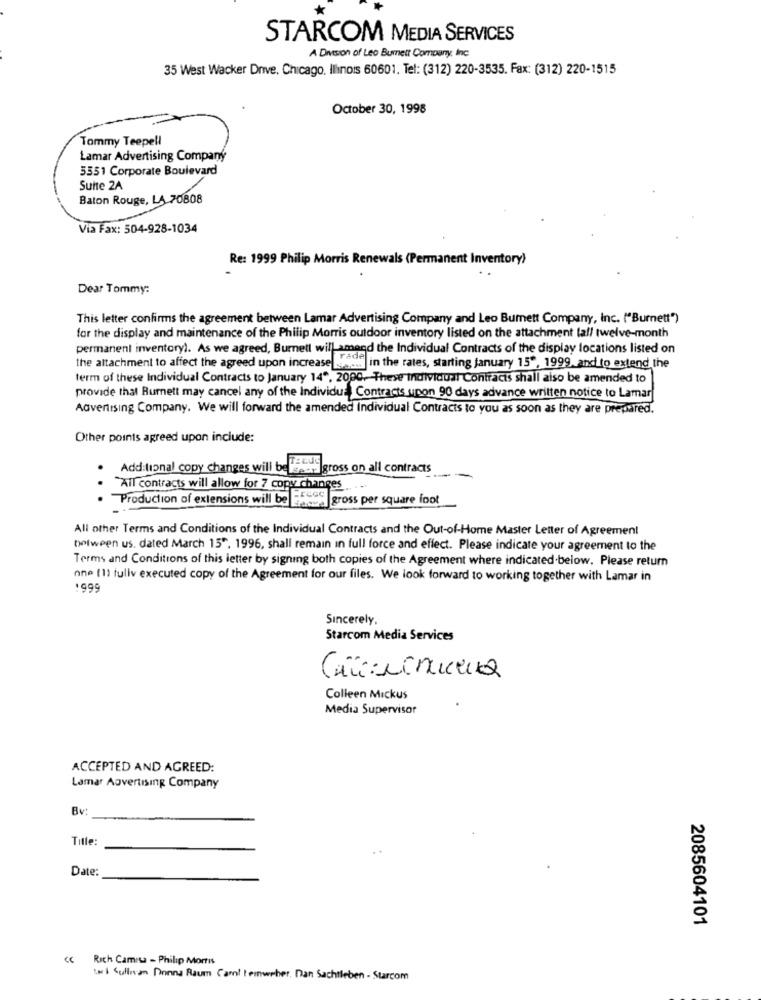
STARCOM MEDIA SERVICES
A Drieson of Leo Burnett Company, Inc.
35 West Wacker Drive. Chicago, Illinois 60601. Tel: (312) 220-3535. Fax: (312) 220-1515
October 30, 1998
Tommy Teepell
Lamar Advertising Company
5551 Corporate Boulevard
Suite 2A
Baton Rouge, LA 70808
Via Fax: 504-928-1034
Re: 1999 Philip Morris Renewals (Permanent Inventory)
Dear Tommy:
This letter confirms the agreement between Lamar Advertising Company and Leo Burnett Company, Inc. ("Burnett")
for the display and maintenance of the Philip Morris outdoor inventory listed on the attachment tall twelve-month
permanent inventory). As we agreed, Burnett will amand the Individual Contracts of the display locations listed on
the attachment to affect the agreed upon increase ofyou in the rates, starting january 15", 1999, and to extend the
term of these Individual Contracts to January 14", 2000. These individual Contracts shall also be amended to
provide that Burnett may cancel any of the Individus Contracts upon 90 days advance written notice to Lamar
Advertising Company. We will forward the amended Individual Contracts to you as soon as they are prepared.
Other points agreed upon include:
Additional copy changes will be lenne |gross on all contracts
All contracts will allow for 7 copy changes
Production of extensions will be
All other Terms and Conditions of the Individual Contracts and the Out-of-Home Master Letter of Agreement
between us. dated March 15", 1996, shall remain in full force and effect. Please indicate your agreement to the
Terms and Conditions of this letter by signing both copies of the Agreement where indicated.below. Please return
one (1) fullv executed copy of the Agreement for our files. We look forward to working together with Lamar in
1999
Sincerely.
Starcom Media Services
Colleen Mickus
Media Supervisor
ACCEPTED AND AGREED:
Lamar Advertising Company
Bv
Title:
Date:
2085604101
"
Rich Camisa - Philip Morris
t & Sullivan Donna Raum Cart Leinweber, Dan Sachtleben - Starcom